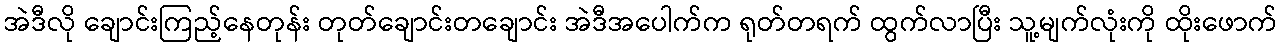
အဲဒီလို ချောင်းကြည့်နေတုန်း တုတ်ချောင်းတချောင်း အဲဒီအပေါက်က ရုတ်တရက် ထွက်လာပြီး သူ့မျက်လုံးကို ထိုးဖောက်